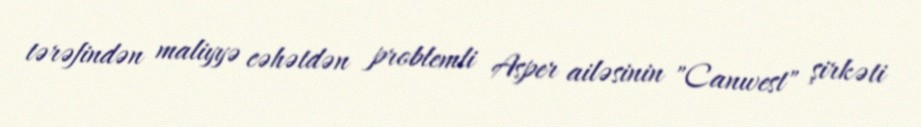
tərəfindən maliyyə cəhətdən problemli Asper ailəsinin "Canwest" şirkəti